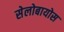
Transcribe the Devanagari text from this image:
सेलोबायोस